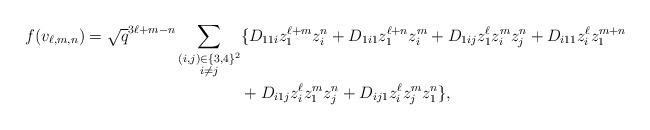
LaTeX: \begin{align*}f(v_{\ell,m,n})=\sqrt{q}^{3\ell+m-n}\sum_{\substack{(i,j)\in\{3,4\}^2\\i\neq j}}&\{D_{11i}z_1^{\ell+m}z_i^n+D_{1i1}z_1^{\ell+n}z_i^m+D_{1ij}z_1^\ell z_i^mz_j^n+D_{i11}z_i^\ell z_1^{m+n}\\&+D_{i1j}z_i^\ell z_1^m z_j^n+D_{ij1}z_i^\ell z_j^mz_1^n\},\\\end{align*}